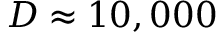
D \approx 1 0 , 0 0 0